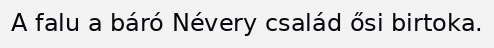
A falu a báró Névery család ősi birtoka.